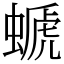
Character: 螔